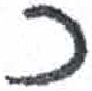
אות: כ